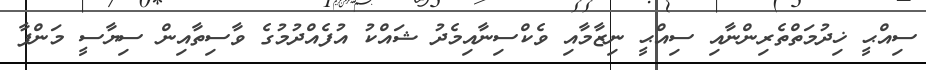
ސިއްޙީ ޚިދުމަތްތެރިންނާއި ސިއްޙީ ނިޒާމާއި ވެކްސިނާއިމެދު ޝައްކު އުފެއްދުމުގެ ވާސިތާއިން ސިޔާސީ މަންފާ